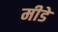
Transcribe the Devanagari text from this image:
मीडे